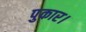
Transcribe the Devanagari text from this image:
पुकार।